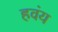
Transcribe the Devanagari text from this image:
हवंय